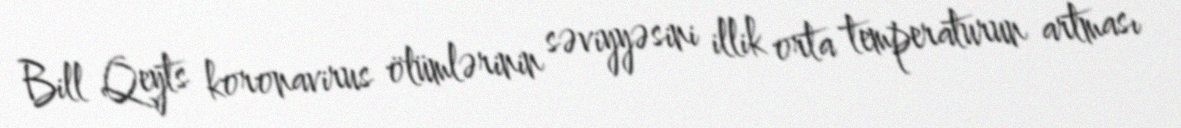
Bill Qeyts koronavirus ölümlərinin səviyyəsini illik orta temperaturun artması